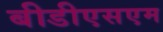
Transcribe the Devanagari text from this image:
बीडीएसएम